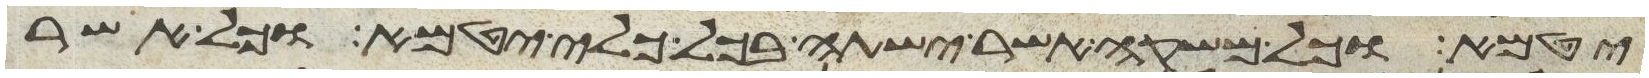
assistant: יטמא וכל משקה אשר ישתה בכל כלי יטמא וכל אשר